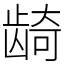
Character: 𬺈